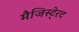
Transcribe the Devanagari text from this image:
मैजिस्टे्रट